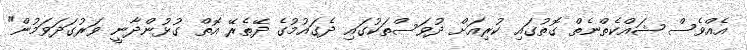
އެއްވެސް ޝައްކެތްނެތް ގޮތުގައި ކުރިއަށް ދުވަސްތަކުގައި ދެގައުމުގެ ދޭތެރޭ އޮތް ގުޅުންދާނީ ވަރުގަދަވަމުން"